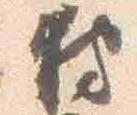
狩